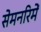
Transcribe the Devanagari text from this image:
सेमनरिमें